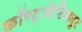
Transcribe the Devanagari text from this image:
कॉण्ट्राडेसिड्युट